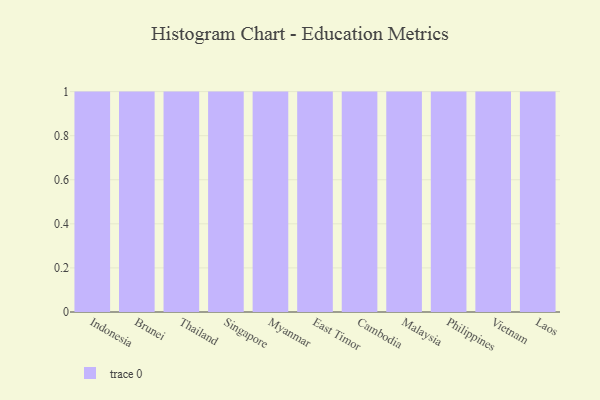
{"axis": {"x": "Country", "y": "Energy Usage (MWh)"}, "legend": [""], "data": [{"x": "Indonesia", "y": 72, "type": ""}, {"x": "Brunei", "y": 54, "type": ""}, {"x": "Thailand", "y": 81, "type": ""}, {"x": "Singapore", "y": 36, "type": ""}, {"x": "Myanmar", "y": 79, "type": ""}, {"x": "East Timor", "y": 27, "type": ""}, {"x": "Cambodia", "y": 46, "type": ""}, {"x": "Malaysia", "y": 55, "type": ""}, {"x": "Philippines", "y": 15, "type": ""}, {"x": "Vietnam", "y": 3, "type": ""}, {"x": "Laos", "y": 62, "type": ""}]}